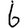
Digit: 6